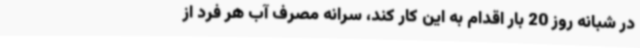
در شبانه روز 20 بار اقدام به این کار کند، سرانه مصرف آب هر فرد از